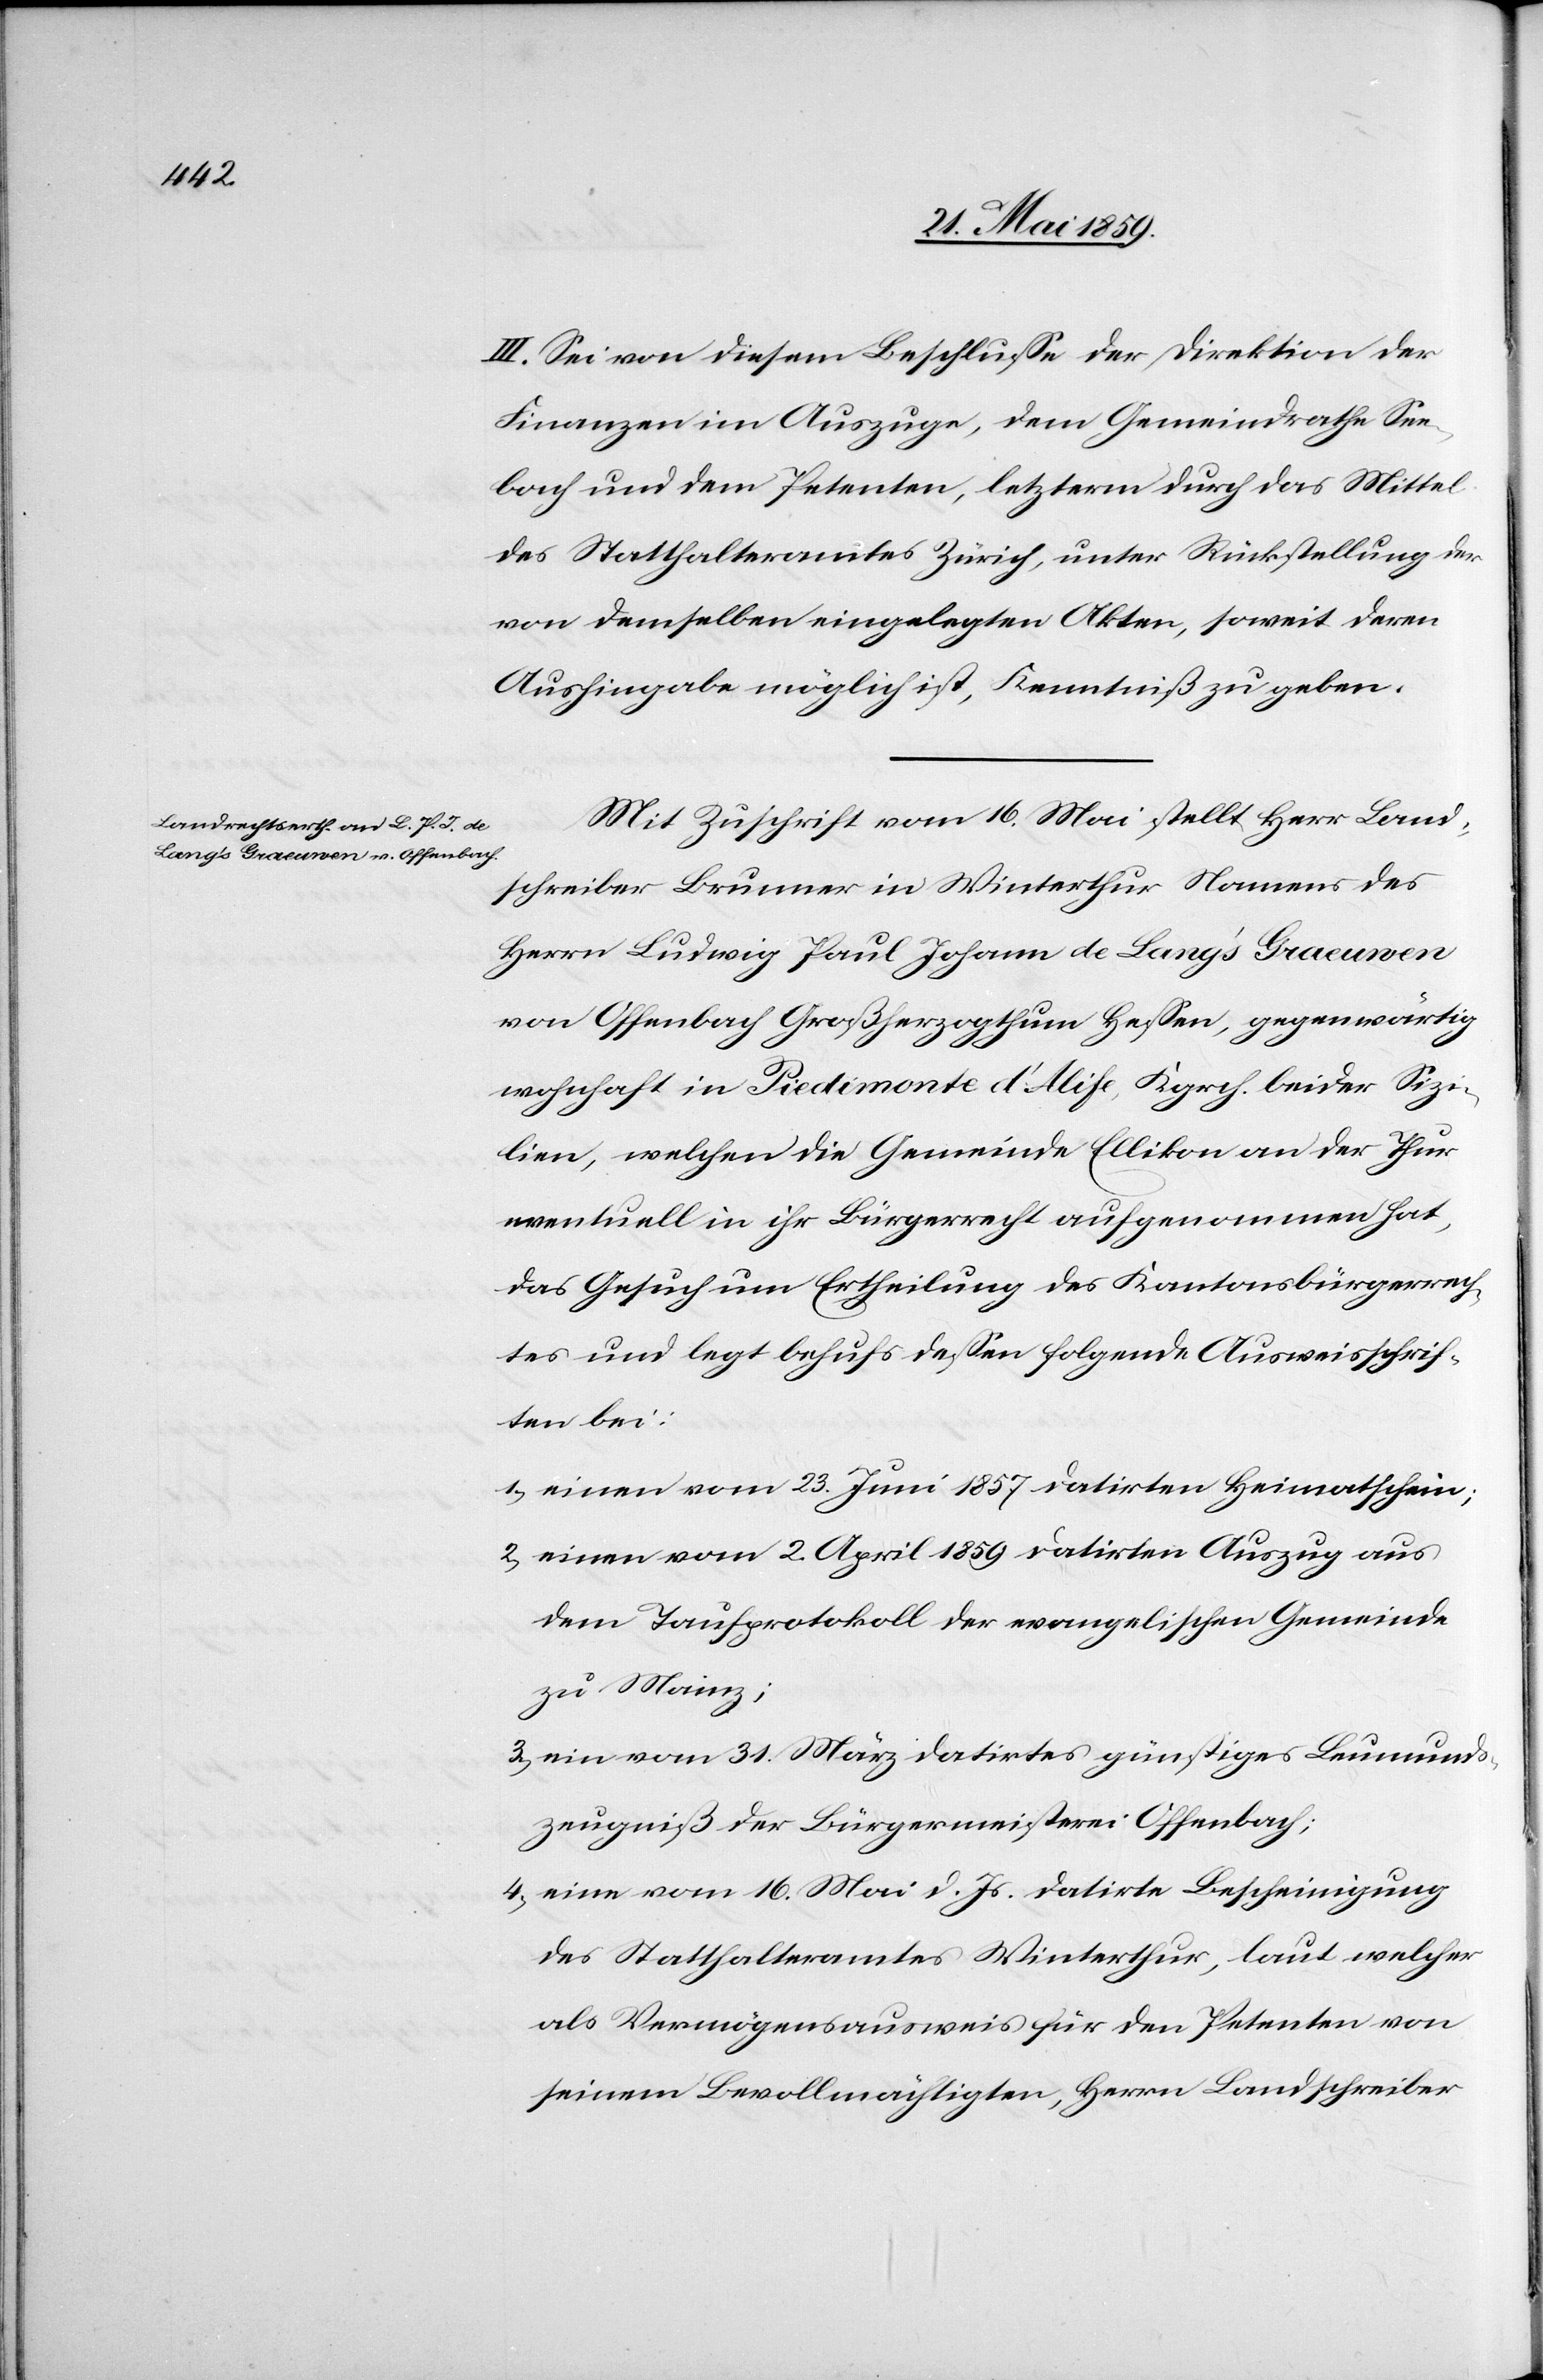
III. Sei von diesem Beschlusse der Direktion der
Finanzen im Auszuge, dem Gemeindrathe See¬
bach und dem Petenten, letzterm durch das Mittel
des Statthalteramtes Zürich, unter Rückstellung der
von demselben eingelegten Akten, soweit deren
Aushingabe möglich ist, Kenntniß zu geben.
Mit Zuschrift vom 16. Mai stellt Herr Land¬
schreiber Brunner in Winterthur Namens des
Herrn Ludwig Paul Johann de Lang’s Graeuwen
von Offenbach Großherzogthum Hessen, gegenwärtig
wohnhaft in Piedimonte d’Alife, Kgrch. beider Sizi¬
lien, welchen die Gemeinde Ellikon an der Thur
eventuell in ihr Bürgerrecht aufgenommen hat,
das Gesuch um Ertheilung des Kantonsbürgerrech¬
tes und legt behufs dessen folgende Ausweisschrif¬
ten bei:
1) einen vom 23. Juni 1857 datirten Heimatschein;
2) einen vom 2. April 1859 datirten Auszug aus
dem Taufprotokoll der evangelischen Gemeinde
zu Mainz;
3) ein vom 31. März datirtes günstiges Leumunds¬
zeugiß der Bürgermeisterei Offenbach;
4) eine vom 16. Mai d. Js. datirte Bescheinigung
des Statthalteramtes Winterthur, laut welcher
als Vermögensausweis für den Petenten von
seinem Bevollmächtigten, Herrn Landschreiber